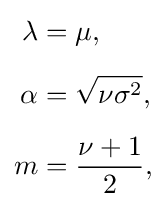
{\begin{aligned}\lambda &=\mu ,\\[5pt]\alpha &={\sqrt {\nu \sigma ^{2}}},\\[5pt]m&={\frac {\nu +1}{2}},\end{aligned}}